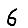
Digit: 6